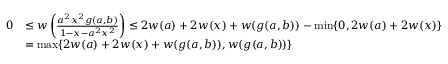
\begin{array} { r l } { 0 } & { \leq w \left( \frac { a ^ { 2 } x ^ { 2 } g ( a , b ) } { 1 - x - a ^ { 2 } x ^ { 2 } } \right) \leq 2 w ( a ) + 2 w ( x ) + w ( g ( a , b ) ) - \operatorname* { m i n } \lbrace 0 , 2 w ( a ) + 2 w ( x ) \rbrace } \\ & { = \operatorname* { m a x } \lbrace 2 w ( a ) + 2 w ( x ) + w ( g ( a , b ) ) , w ( g ( a , b ) ) \rbrace } \end{array}